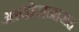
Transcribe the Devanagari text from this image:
आयोजनासह